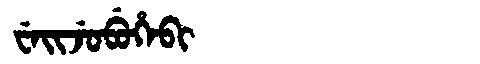
Manchu: ᠸᡝᡳᠵᡠᠪᡠᡥᡝᠪᡳ
Romanization: WEIJUBUHEBI